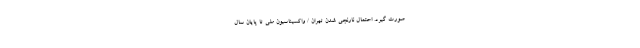
صورت گیرد. احتمال نارنجی شدن تهران / واکسیناسیون ملی تا پایان سال